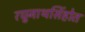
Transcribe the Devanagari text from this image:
रघुनाथसिंहोत